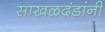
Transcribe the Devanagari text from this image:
साखळदंडांनी